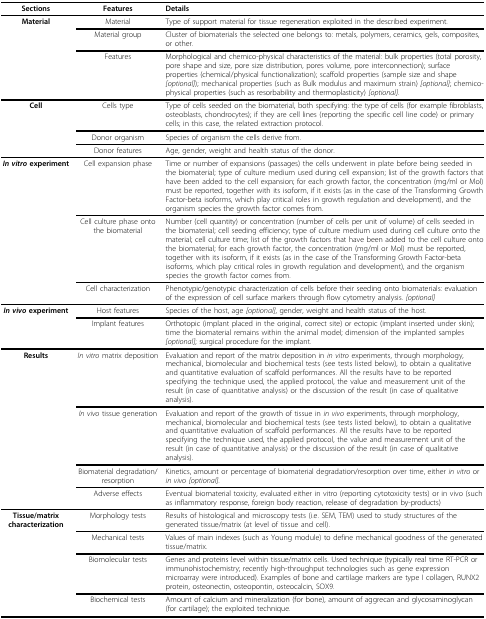
<table><thead><tr><td><b>Sections</b></td><td><b>Features</b></td><td><b>Details</b></td></tr></thead><tbody><tr><td><b>Material </b></td><td>Material</td><td>Type of support material for tissue regeneration exploited in the described experiment.</td></tr><tr><td></td><td>Material group</td><td>Cluster of biomaterials the selected one belongs to: metals, polymers, ceramics, gels, composites, or other.</td></tr><tr><td></td><td>Features</td><td>Morphological and chemico-physical characteristics of the material: bulk properties (total porosity, pore shape and size, pore size distribution, pores volume, pore interconnection); surface properties (chemical/physical functionalization); scaffold properties (sample size and shape <i>[optional]</i>); mechanical properties (such as Bulk modulus and maximum strain) <i>[optional]</i>; chemico-physical properties (such as resorbability and thermoplasticity) <i>[optional]</i>.</td></tr><tr><td><b>Cell </b></td><td>Cells type</td><td>Type of cells seeded on the biomaterial, both specifying: the type of cells (for example fibroblasts, osteoblasts, chondrocytes); if they are cell lines (reporting the specific cell line code) or primary cells; in this case, the related extraction protocol.</td></tr><tr><td></td><td>Donor organism</td><td>Species of organism the cells derive from.</td></tr><tr><td></td><td>Donor features</td><td>Age, gender, weight and health status of the donor.</td></tr><tr><td><b><i>In vitro </i>experiment</b></td><td>Cell expansion phase</td><td>Time or number of expansions (passages) the cells underwent in plate before being seeded in the biomaterial; type of culture medium used during cell expansion; list of the growth factors that have been added to the cell expansion; for each growth factor, the concentration (mg/ml or Mol) must be reported, together with its isoform, if it exists (as in the case of the Transforming Growth Factor-beta isoforms, which play critical roles in growth regulation and development), and the organism species the growth factor comes from.</td></tr><tr><td></td><td>Cell culture phase onto the biomaterial</td><td>Number (cell quantity) or concentration (number of cells per unit of volume) of cells seeded in the biomaterial; cell seeding efficiency; type of culture medium used during cell culture onto the material; cell culture time; list of the growth factors that have been added to the cell culture onto the biomaterial; for each growth factor, the concentration (mg/ml or Mol) must be reported, together with its isoform, if it exists (as in the case of the Transforming Growth Factor-beta isoforms, which play critical roles in growth regulation and development), and the organism species the growth factor comes from.</td></tr><tr><td></td><td>Cell characterization</td><td>Phenotypic/genotypic characterization of cells before their seeding onto biomaterials: evaluation of the expression of cell surface markers through flow cytometry analysis. <i>[optional] </i></td></tr><tr><td><b><i>In vivo </i>experiment</b></td><td>Host features</td><td>Species of the host, age <i>[optional]</i>, gender, weight and health status of the host.</td></tr><tr><td></td><td>Implant features</td><td>Orthotopic (implant placed in the original, correct site) or ectopic (implant inserted under skin); time the biomaterial remains within the animal model; dimension of the implanted samples <i>[optional]</i>; surgical procedure for the implant.</td></tr><tr><td><b>Results</b></td><td><i>In vitro </i>matrix deposition</td><td>Evaluation and report of the matrix deposition in <i>in vitro </i>experiments, through morphology, mechanical, biomolecular and biochemical tests (see tests listed below), to obtain a qualitative and quantitative evaluation of scaffold performances. All the results have to be reported specifying the technique used, the applied protocol, the value and measurement unit of the result (in case of quantitative analysis) or the discussion of the result (in case of qualitative analysis).</td></tr><tr><td></td><td><i>In vivo </i>tissue generation</td><td>Evaluation and report of the growth of tissue in <i>in vivo </i>experiments, through morphology, mechanical, biomolecular and biochemical tests (see tests listed below), to obtain a qualitative and quantitative evaluation of scaffold performances. All the results have to be reported specifying the technique used, the applied protocol, the value and measurement unit of the result (in case of quantitative analysis) or the discussion of the result (in case of qualitative analysis).</td></tr><tr><td></td><td>Biomaterial degradation/resorption</td><td>Kinetics, amount or percentage of biomaterial degradation/resorption over time, either <i>in vitro </i>or <i>in vivo [optional]</i>.</td></tr><tr><td></td><td>Adverse effects</td><td>Eventual biomaterial toxicity, evaluated either in vitro (reporting cytotoxicity tests) or in vivo (such as inflammatory response, foreign body reaction, release of degradation by-products)</td></tr><tr><td><b>Tissue/matrix characterization</b></td><td>Morphology tests</td><td>Results of histological and microscopy tests (i.e. SEM, TEM) used to study structures of the generated tissue/matrix (at level of tissue and cell).</td></tr><tr><td></td><td>Mechanical tests</td><td>Values of main indexes (such as Young module) to define mechanical goodness of the generated tissue/matrix.</td></tr><tr><td></td><td>Biomolecular tests</td><td>Genes and proteins level within tissue/matrix cells. Used technique (typically real time RT-PCR or immunohistochemistry; recently high-throughput technologies such as gene expression microarray were introduced). Examples of bone and cartilage markers are type I collagen, RUNX2 protein, osteonectin, osteopontin, osteocalcin, SOX9.</td></tr><tr><td></td><td>Biochemical tests</td><td>Amount of calcium and mineralization (for bone), amount of aggrecan and glycosaminoglycan (for cartilage); the exploited technique.</td></tr></tbody></table>